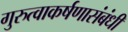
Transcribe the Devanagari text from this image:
गुरुत्वाकर्षणासंबंधी